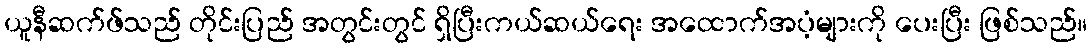
ယူနီဆက်ဖ်သည် တိုင်းပြည် အတွင်းတွင် ရှိပြီးကယ်ဆယ်ရေး အထောက်အပံ့များကို ပေးပြီး ဖြစ်သည်။